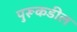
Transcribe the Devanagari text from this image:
पुरूकडील